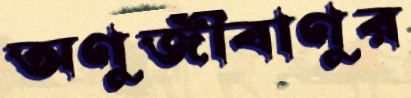
অণুজীবাণুর